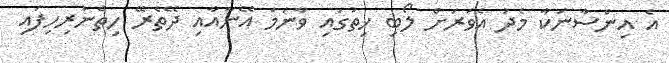
އެ އިންސާނަކާ މެދު އެވަރަށް ލޯބި ހިތުގައި ވާނަމަ އޭނާއާއި ދޭތެރޭ ހިތްނުރިހިފައި